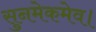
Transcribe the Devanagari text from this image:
सुनमेकमेव।